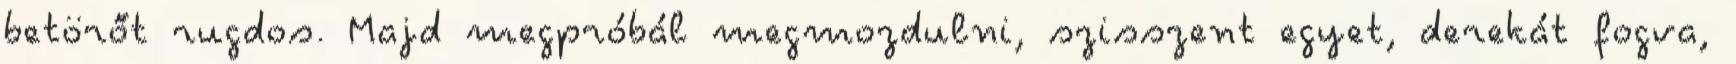
betörőt rugdos. Majd megpróbál megmozdulni, szisszent egyet, derekát fogva,